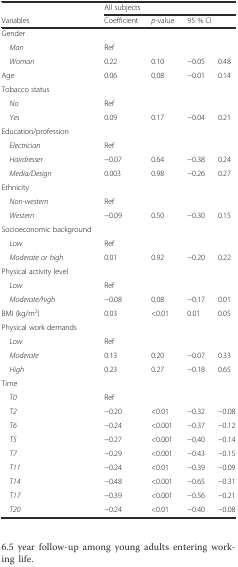
<table><thead><tr><td></td><td colspan="4"><b>All subjects</b></td></tr><tr><td><b>Variables</b></td><td><b>Coefficient</b></td><td><b><i>p</i>-value</b></td><td colspan="2"><b>95 % CI</b></td></tr></thead><tbody><tr><td>Gender</td><td></td><td></td><td></td><td></td></tr><tr><td> <i>Man</i></td><td>Ref</td><td></td><td></td><td></td></tr><tr><td> <i>Woman</i></td><td>0.22</td><td>0.10</td><td>−0.05</td><td>0.48</td></tr><tr><td>Age</td><td>0.06</td><td>0.08</td><td>−0.01</td><td>0.14</td></tr><tr><td>Tobacco status</td><td></td><td></td><td></td><td></td></tr><tr><td> <i>No</i></td><td>Ref</td><td></td><td></td><td></td></tr><tr><td> <i>Yes</i></td><td>0.09</td><td>0.17</td><td>−0.04</td><td>0.21</td></tr><tr><td>Education/profession</td><td></td><td></td><td></td><td></td></tr><tr><td> <i>Electrician</i></td><td>Ref</td><td></td><td></td><td></td></tr><tr><td> <i>Hairdresser</i></td><td>−0.07</td><td>0.64</td><td>−0.38</td><td>0.24</td></tr><tr><td> <i>Media/Design</i></td><td>0.003</td><td>0.98</td><td>−0.26</td><td>0.27</td></tr><tr><td>Ethnicity</td><td></td><td></td><td></td><td></td></tr><tr><td> <i>Non-western</i></td><td>Ref</td><td></td><td></td><td></td></tr><tr><td> <i>Western</i></td><td>−0.09</td><td>0.50</td><td>−0.30</td><td>0.15</td></tr><tr><td>Socioeconomic background</td><td></td><td></td><td></td><td></td></tr><tr><td> <i>Low</i></td><td>Ref</td><td></td><td></td><td></td></tr><tr><td> <i>Moderate or high</i></td><td>0.01</td><td>0.92</td><td>−0.20</td><td>0.22</td></tr><tr><td>Physical activity level</td><td></td><td></td><td></td><td></td></tr><tr><td> <i>Low</i></td><td>Ref</td><td></td><td></td><td></td></tr><tr><td> <i>Moderate/high</i></td><td>−0.08</td><td>0.08</td><td>−0.17</td><td>0.01</td></tr><tr><td>BMI (kg/m<sup>2</sup>)</td><td>0.03</td><td>&lt;0.01</td><td>0.01</td><td>0.05</td></tr><tr><td>Physical work demands</td><td></td><td></td><td></td><td></td></tr><tr><td> <i>Low</i></td><td>Ref</td><td></td><td></td><td></td></tr><tr><td> <i>Moderate</i></td><td>0.13</td><td>0.20</td><td>−0.07</td><td>0.33</td></tr><tr><td> <i>High</i></td><td>0.23</td><td>0.27</td><td>−0.18</td><td>0.65</td></tr><tr><td>Time</td><td></td><td></td><td></td><td></td></tr><tr><td> <i>T0</i></td><td>Ref</td><td></td><td></td><td></td></tr><tr><td> <i>T2</i></td><td>−0.20</td><td>&lt;0.01</td><td>−0.32</td><td>−0.08</td></tr><tr><td> <i>T6</i></td><td>−0.24</td><td>&lt;0.001</td><td>−0.37</td><td>−0.12</td></tr><tr><td> <i>T5</i></td><td>−0.27</td><td>&lt;0.001</td><td>−0.40</td><td>−0.14</td></tr><tr><td> <i>T7</i></td><td>−0.29</td><td>&lt;0.001</td><td>−0.43</td><td>−0.15</td></tr><tr><td> <i>T11</i></td><td>−0.24</td><td>&lt;0.01</td><td>−0.39</td><td>−0.09</td></tr><tr><td> <i>T14</i></td><td>−0.48</td><td>&lt;0.001</td><td>−0.65</td><td>−0.31</td></tr><tr><td> <i>T17</i></td><td>−0.39</td><td>&lt;0.001</td><td>−0.56</td><td>−0.21</td></tr><tr><td> <i>T20</i></td><td>−0.24</td><td>&lt;0.01</td><td>−0.40</td><td>−0.08</td></tr></tbody></table>